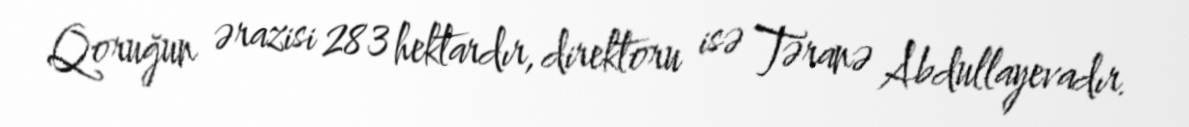
Qoruğun ərazisi 283 hektardır, direktoru isə Təranə Abdullayevadır.